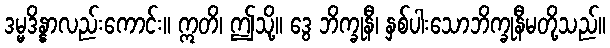
ဒမ္မဒိန္နာလည်းကောင်း။ ဣတိ၊ ဤသို့။ ဒွေ ဘိက္ခုနီ၊ နှစ်ပါးသောဘိက္ခုနီမတို့သည်။